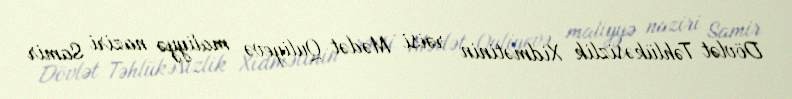
Dövlət Təhlükəsizlik Xidmətinin rəisi Mədət Quliyevə maliyyə naziri Samir